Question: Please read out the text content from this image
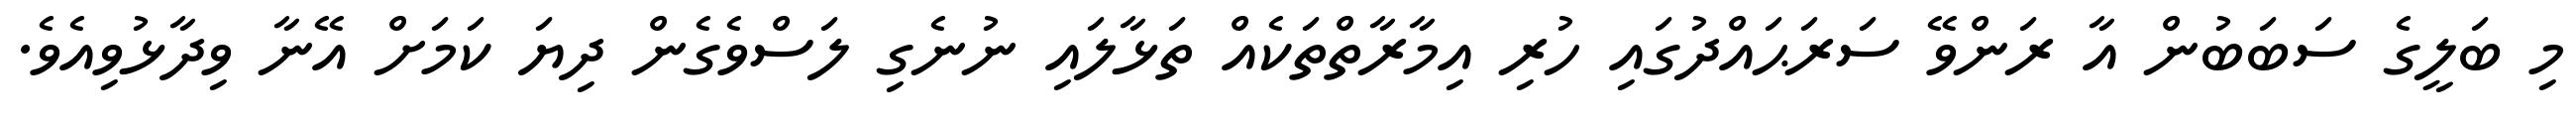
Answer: މި ބަލީގެ ސަބަބުން އާ ރަންވޭ ސަރަޙައްދުގައި ހުރި އިމާރާތްތަކެއް ތަޅާލައި ނުނެގި ލަސްވެގެން ދިޔަ ކަމަށް އޭނާ ވިދާޅުވިއެވެ.